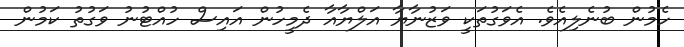
ހެމުން ބުނެލިއެވެ. އެވަގުތަކީ ވަޒުނާޔާ އަލްޔާއާ ދެމީހުން އައިސް ހުއްޓުނު ވަގުތު ކަމުން